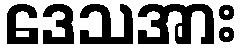
ဒေသအား